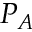
P _ { A }